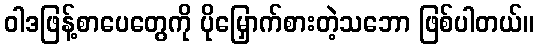
ဝါဒဖြန့်စာပေတွေကို ပိုမြှောက်စားတဲ့သဘော ဖြစ်ပါတယ်။